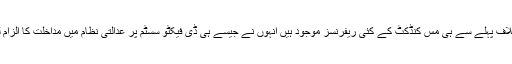
جسٹس شوکت صدیقی جن کے خلاف پہلے سے ہی مس کنڈکٹ کے کئی ریفرنسز موجود ہیں انہوں نے جیسے ہی ڈی فیکٹو سسٹم پر عدالتی نظام میں مداخلت کا الزام لگایا، انہیں سائیڈ لائن کر دیا گیا۔